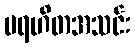
ပရဟိတအသင်း